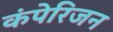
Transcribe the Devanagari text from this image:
कंपेरिजन